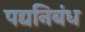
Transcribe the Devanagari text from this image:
पद्यनिबंध